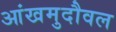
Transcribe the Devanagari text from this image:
आंखमुदौवल